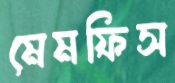
মেমফিস